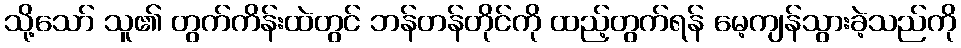
သို့သော် သူ၏ တွက်ကိန်းထဲတွင် ဘန်တန်တိုင်ကို ထည့်တွက်ရန် မေ့ကျန်သွားခဲ့သည်ကို